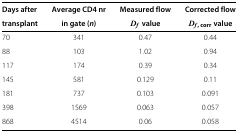
<table><thead><tr><td><b>Days after</b></td><td><b>Average CD4 nr</b></td><td><b>Measured flow</b></td><td><b>Corrected flow</b></td></tr><tr><td><b>transplant</b></td><td><b>in gate (<i>n</i>)</b></td><td><b><i>D</i><sub><i>f</i></sub>value</b></td><td><b><i>D</i><sub><i>f</i>, corr</sub>value</b></td></tr></thead><tbody><tr><td>70</td><td>341</td><td>0.47</td><td>0.44</td></tr><tr><td>88</td><td>103</td><td>1.02</td><td>0.94</td></tr><tr><td>117</td><td>174</td><td>0.39</td><td>0.34</td></tr><tr><td>145</td><td>581</td><td>0.129</td><td>0.11</td></tr><tr><td>181</td><td>737</td><td>0.103</td><td>0.091</td></tr><tr><td>398</td><td>1569</td><td>0.063</td><td>0.057</td></tr><tr><td>868</td><td>4514</td><td>0.06</td><td>0.058</td></tr></tbody></table>